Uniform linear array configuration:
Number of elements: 48
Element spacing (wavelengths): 0.25
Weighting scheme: exponential
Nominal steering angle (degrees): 0
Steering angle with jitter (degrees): -0.8749
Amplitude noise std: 0.05
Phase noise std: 0.05

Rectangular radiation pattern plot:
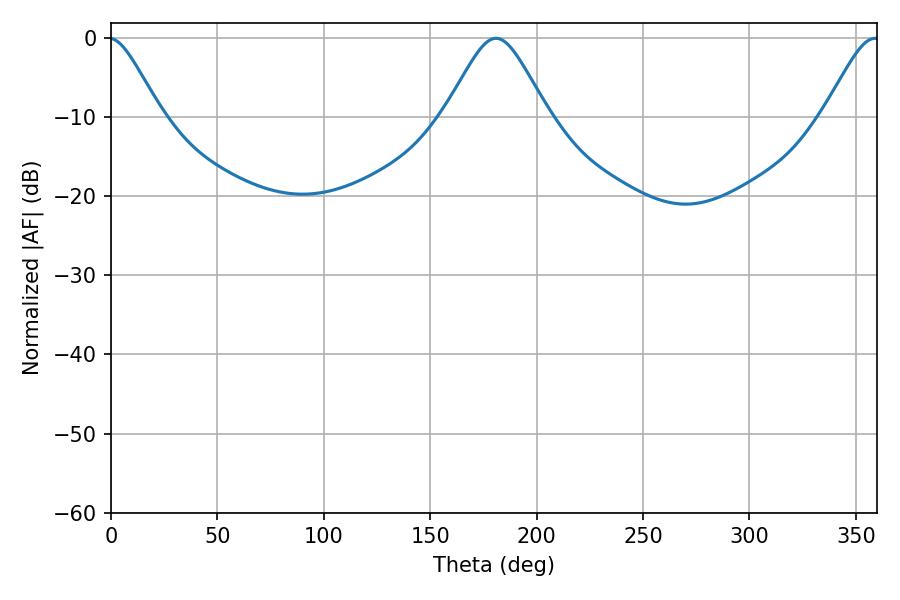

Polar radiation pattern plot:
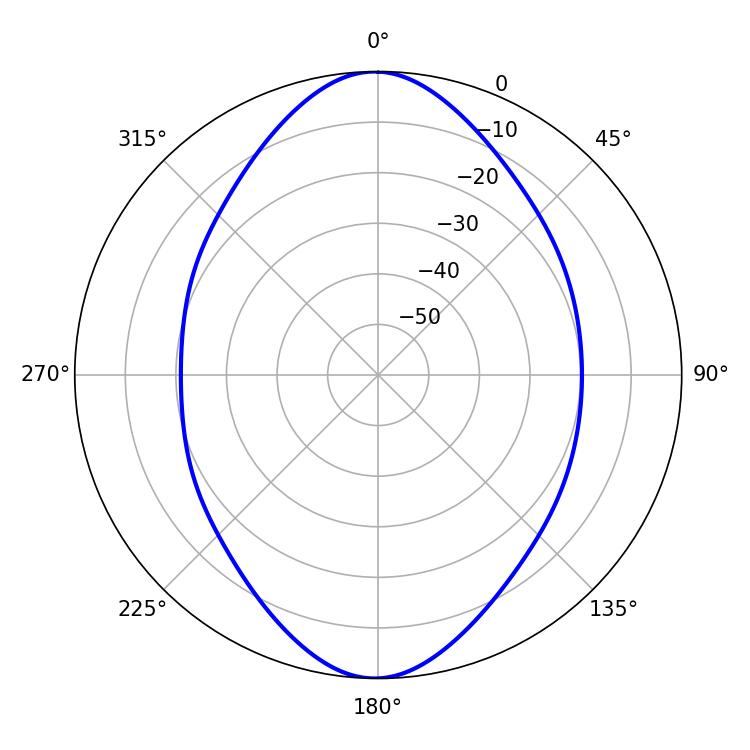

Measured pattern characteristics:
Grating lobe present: FALSE
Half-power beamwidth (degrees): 23.4
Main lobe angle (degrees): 180.9